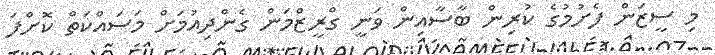
މި ސީޒަން ފެށުމުގެ ކުރިން ބާސާއިން ވަނީ ގްރީޒްމަން ގެންދިއުމަށް މަސައްކަތް ކޮށްފަ